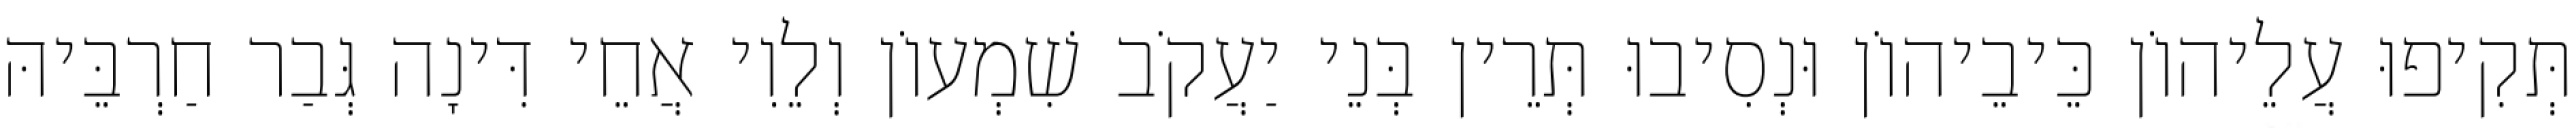
תְּקִיפוּ עֲלֵיהוֹן כֵּיבֵיהוֹן וּנְסִיבוּ תְּרֵין בְּנֵי יַעֲקֹב שִׁמְעוֹן וְלֵוִי אֲחֵי דִּינָה גְּבַר חַרְבֵּיהּ